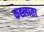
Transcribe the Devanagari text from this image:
कह्लाता